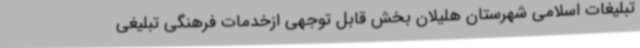
تبلیغات اسلامی شهرستان هلیلان بخش قابل توجهی ازخدمات فرهنگی تبلیغی